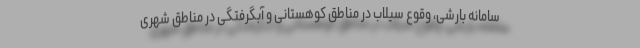
سامانه بارشی، وقوع سیلاب در مناطق کوهستانی و آبگرفتگی در مناطق شهری